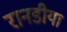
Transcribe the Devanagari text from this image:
रानडीया